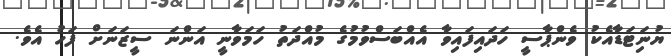
ޔުނަިޓަޑާއެކު ވެންޕާސީ ހަދައިފައިވާ އެއްބަސްވުމުގެ މުއްދަތު ހަމަވާނީ އަންނަ ސީޒަނަށް ފަހު އެވެ.